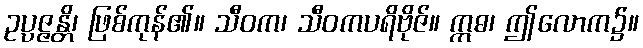
ဥပ္ပဇ္ဇန္တိ၊ ဖြစ်ကုန်၏။ သီဝက၊ သီဝကပရိဗိုဇ်။ ဣဓ၊ ဤလောက၌။